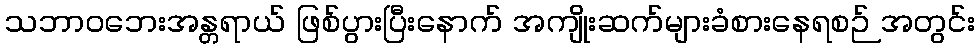
သဘာဝဘေးအန္တရာယ် ဖြစ်ပွားပြီးနောက် အကျိုးဆက်များခံစားနေရစဉ် အတွင်း